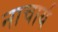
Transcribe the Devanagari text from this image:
नाचार्य